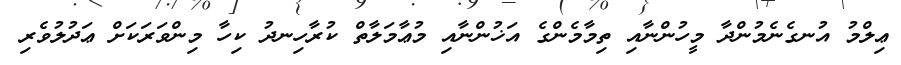
ޢިލްމު އުނގެނެމުންދާ މީހުންނާއި ތިމާމެންގެ އަޚުންނާއި މުޢާމަލާތް ކުރާހިނދު ކިހާ މިންވަރަކަށް ޢަދުލުވެރި